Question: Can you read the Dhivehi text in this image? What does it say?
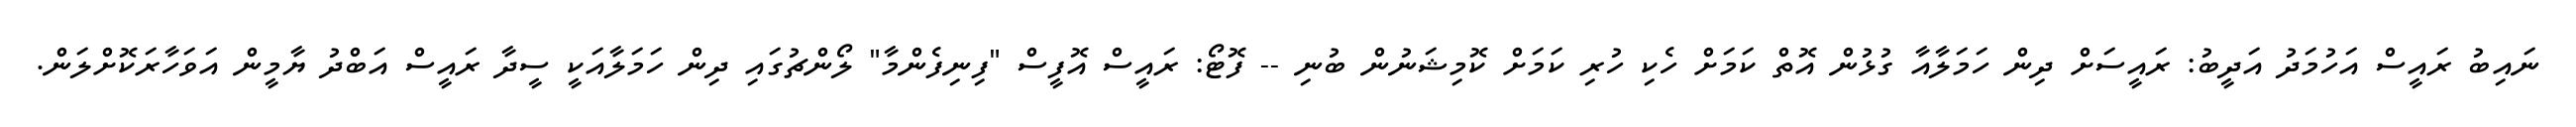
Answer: ނައިބު ރައީސް އަހުމަދު އަދީބު: ރައީސަށް ދިން ހަމަލާއާ ގުޅުން އޮތް ކަމަށް ހެކި ހުރި ކަމަށް ކޮމިޝަނުން ބުނި -- ފޮޓޯ: ރައީސް އޮފީސް "ފިނިފެންމާ" ލޯންޗުގައި ދިން ހަމަލާއަކީ ސީދާ ރައީސް އަބްދު ޔާމީން އަވަހާރަކޮށްލަން.